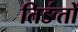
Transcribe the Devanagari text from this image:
तिङंतों